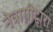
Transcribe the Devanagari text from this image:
नेत्राग्नीद्वारा